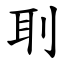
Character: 刵